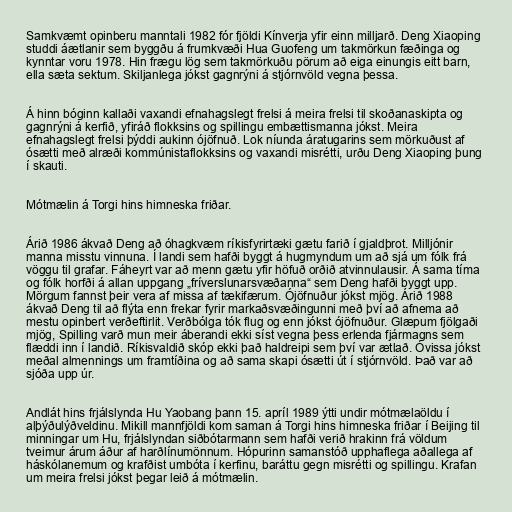
Samkvæmt opinberu manntali 1982 fór fjöldi Kínverja yfir einn milljarð. Deng Xiaoping
studdi áætlanir sem byggðu á frumkvæði Hua Guofeng um takmörkun fæðinga og
kynntar voru 1978. Hin frægu lög sem takmörkuðu pörum að eiga einungis eitt barn,
ella sæta sektum. Skiljanlega jókst gagnrýni á stjórnvöld vegna þessa.

Á hinn bóginn kallaði vaxandi efnahagslegt frelsi á meira frelsi til skoðanaskipta og
gagnrýni á kerfið, yfiráð flokksins og spillingu embættismanna jókst. Meira
efnahagslegt frelsi þýddi aukinn ójöfnuð. Lok níunda áratugarins sem mörkuðust af
ósætti með alræði kommúnistaflokksins og vaxandi misrétti, urðu Deng Xiaoping þung
í skauti.

Mótmælin á Torgi hins himneska friðar.

Árið 1986 ákvað Deng að óhagkvæm ríkisfyrirtæki gætu farið í gjaldþrot. Milljónir
manna misstu vinnuna. Í landi sem hafði byggt á hugmyndum um að sjá um fólk frá
vöggu til grafar. Fáheyrt var að menn gætu yfir höfuð orðið atvinnulausir. Á sama tíma
og fólk horfði á allan uppgang „fríverslunarsvæðanna“ sem Deng hafði byggt upp.
Mörgum fannst þeir vera af missa af tækifærum. Ójöfnuður jókst mjög. Árið 1988
ákvað Deng til að flýta enn frekar fyrir markaðsvæðingunni með því að afnema að
mestu opinbert verðeftirlit. Verðbólga tók flug og enn jókst ójöfnuður. Glæpum fjölgaði
mjög, Spilling varð mun meir áberandi ekki síst vegna þess erlenda fjármagns sem
flæddi inn í landið. Ríkisvaldið skóp ekki það haldreipi sem því var ætlað. Óvissa jókst
meðal almennings um framtíðina og að sama skapi ósætti út í stjórnvöld. Það var að
sjóða upp úr.

Andlát hins frjálslynda Hu Yaobang þann 15. apríl 1989 ýtti undir mótmælaöldu í
alþýðulýðveldinu. Mikill mannfjöldi kom saman á Torgi hins himneska friðar í Beijing til
minningar um Hu, frjálslyndan siðbótarmann sem hafði verið hrakinn frá völdum
tveimur árum áður af harðlínumönnum. Hópurinn samanstóð upphaflega aðallega af
háskólanemum og krafðist umbóta í kerfinu, baráttu gegn misrétti og spillingu. Krafan
um meira frelsi jókst þegar leið á mótmælin.